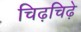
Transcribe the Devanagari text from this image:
चिढ़चिढ़े